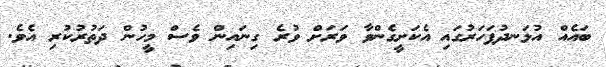
ބައެއް އުޅަނދުފަހަރުގައި އެކަށީގެންވާ ވަރަށް ވުރެ ގިނައިން ވެސް މީހުން ދަތުރުކުރި އެވެ.